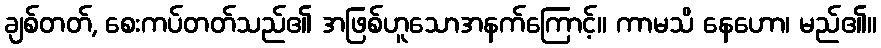
ချစ်တတ်, စေးကပ်တတ်သည်၏ အဖြစ်ဟူသောအနက်ကြောင့်။ ကာမသိ နေဟော၊ မည်၏။